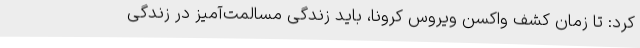
کرد: تا زمان کشف واکسن ویروس کرونا، باید زندگی مسالمت‌آمیز در زندگی